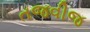
તજવીજ